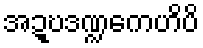
အဍ္ဎဒဏ္ဍကေဟိပိ